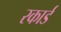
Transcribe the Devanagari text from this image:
रकार्ड